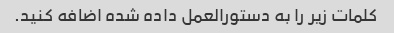
کلمات زیر را به دستورالعمل داده شده اضافه کنید.